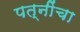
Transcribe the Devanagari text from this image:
पत्नींचा